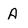
Character: A